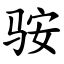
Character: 䯃